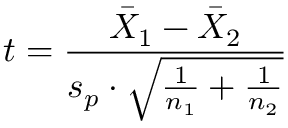
t = { \frac { { \bar { X } } _ { 1 } - { \bar { X } } _ { 2 } } { s _ { p } \cdot { \sqrt { { \frac { 1 } { n _ { 1 } } } + { \frac { 1 } { n _ { 2 } } } } } } }